Medical and sanitary report of the native army of Madras for the year
Year: 1875
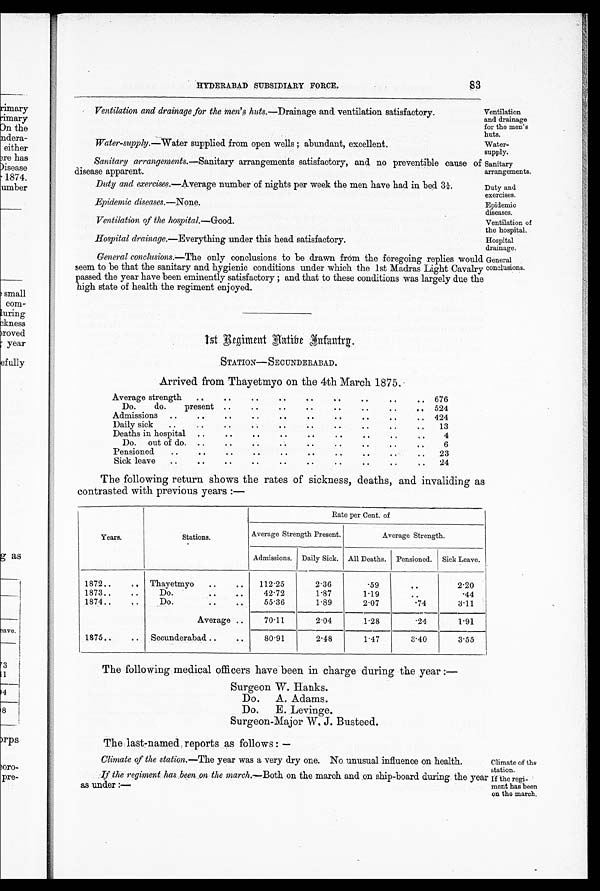
Ventilation
and drainage
for the men's
huts.
Water-
supply.
Climate of th
station.
If the regi-
ment has been
on the march.
83
HYDERABAD SUBSIDIARY FORCE.
Ventilation and drainage for the men's huts.—Drainage and ventilation satisfactory.
Water-supply.—Water supplied from open wells ; abundant, excellent.
Sanitary arrangements.—Sanitary arrangements satisfactory, and no preventible cause of
disease apparent.
Sanitary
arrangement
Duty and exercises.—Average number of nights per week the men have had in bed 3 1/6
Epidemic diseases.—None.
Ventilation of the hospital.—Good.
Hospital drainage.—Everything under this head satisfactory
Duty and
exercises.
Epidemic
diseases.
Ventilation of
the hospital.
Hospital
drainage.
General conclusions.—The only conclusions to be drawn from the foregoing replies would
seem to be that the sanitary and hygienic conditions under which the 1st Madras Light Cavalry
passed the year have been eminently satisfactory ; and that to these conditions was largely due the
high state of health the regiment enjoyed.
General
conclusions
1 st Regiment Natibe
infantry
STATION–SECUNDERABAD.
Arrived from Thayetmyo on the 4th March 1875.
Average strength.
.
676
•
Do.
do.
present ..
..
..
..
. . . .
524
Admissions
. .
..
..
..
..
..
..
..
..
. .
424
..
Daily sick
. . .. . .. . ..
13
. .
.
Deaths in hospital
..
.. ..
..
..
..
..
4
Do.
out of do.
..
.. ..
..
..
..
6
..
.
.
. .
Pensioned
. .
23
Sick leave
..
..
.
..........
.
.
•
24
The following return shows the rates of sickness, deaths, and invaliding a
contrasted with previous years :—
Years.
Stations .
Rate per Cent. of
Average Strength Present.
Average Strength.
Admissions.
Daily Sick.
All Deaths.
Pensioned.
Sick Leave.
1872..
..
Thayetmyo
..
. .
112 . 25
2.36
.59
..
2.20
1873..
..
Do.
. . ..
42.72
1.87
1.19
.
.44
1874 . .
Do.
. . ..
55.36
1.89
2.07
.74
3.11
Average ..
70.11
2.04
1.28
. 24
1.91
1875 . .
..
Secunderabad ..
. .
80.91
2.48
1.47
3.40
3.55
The following medical officers have been in charge during the year :—
Surgeon W. Hanks.
Do. A. Adams.
Do. E. Levinge.
Surgeon-Major W, J. Busteed.
The last-named reports as follows : —
Climate of the station.—The year was a very dry one. No unusual influence on health.
If the regiment has been on the march.—Both on the march and .on ship-board during the yea]
as under :—